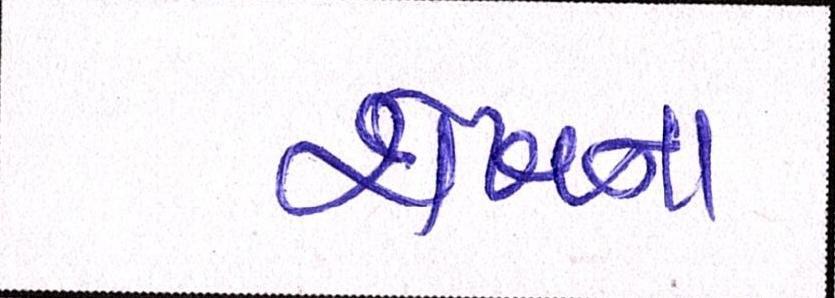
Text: શેખના